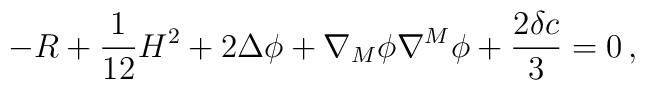
-R+\frac{1}{12}H^2 +2\Delta\phi +\nabla_M\phi\nabla^M\phi+\frac{2\delta c}{3}=0  \, ,